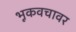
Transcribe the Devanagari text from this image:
भूकवचावर